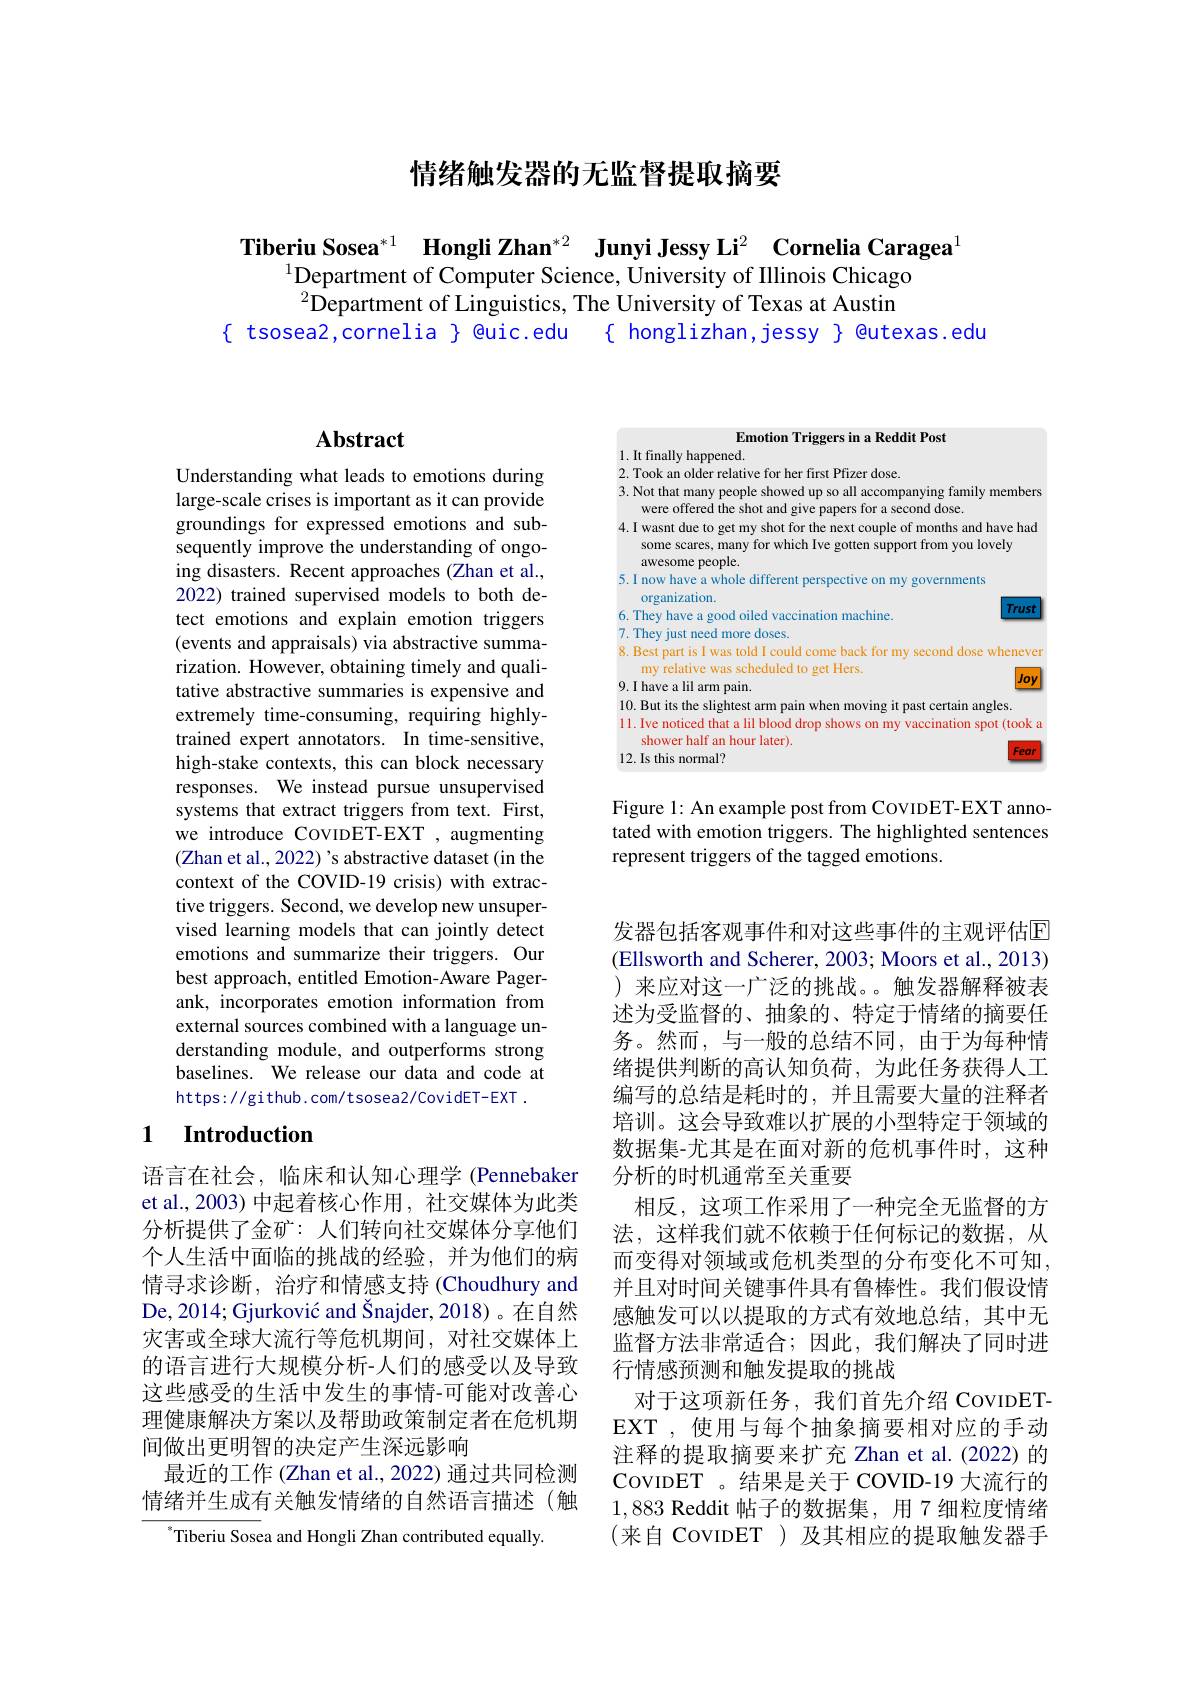
# 情绪触发器的无监督提取摘要

Tiberiu Sosea$^{*1}$ Hongli Zhan$^{*2}$ Junyi Jessy Li$^2$ Cornelia Caragea
$^{1}$Department of Computer Science, University of Illinois Chicago $^{2}$Department of Linguistics, The University of Texas at Austin
$\{$ tsosea2,cornelia $\}$ @uic.edu $\{$ honglizhan,jessy $\}$ @utexas.edu

# $\mathbf{Abstract}$

Understanding what leads to emotions during large-scale crises is important as it can provide groundings for expressed emotions and subsequently improve the understanding of ongoing disasters. Recent approaches (Zhan et al., 2022) trained supervised models to both detect emotions and explain emotion triggers (events and appraisals) via abstractive summarization. However, obtaining timely and qualitative abstractive summaries is expensive and extremely time-consuming, requiring highlytrained expert annotators. In time-sensitive, high-stake contexts, this can block necessary responses. We instead pursue unsupervised systems that extract triggers from text. First, we introduce COVIDET-EXT ,augmenting (Zhan et al., 2022) 's abstractive dataset (in the context of the COVID-19 crisis) with extractive triggers. Second, we develop new unsupervised learning models that can jointly detect emotions and summarize their triggers. Our best approach, entitled Emotion-Aware Pagerank, incorporates emotion information from external sources combined with a language understanding module, and outperforms strong baselines. We release our data and code at https: //github. com/tsosea2/CovidET-EXT.

## 1 $\textbf{Introduction}$

语言在社会，临床和认知心理学 (Pennebaker et al., 2003) 中起着核心作用 , 社交媒体为此类分析提供了金矿：人们转向社交媒体分享他们个人生活中面临的挑战的经验，并为他们的病情寻求诊断，治疗和情感支持 (Choudhury and De, 2014; Gjurković and Šnajder, 2018)。在自然灾害或全球大流行等危机期间，对社交媒体上的语言进行大规模分析-人们的感受以及导致这些感受的生活中发生的事情-可能对改善心理健康解决方案以及帮助政策制定者在危机期间做出更明智的决定产生深远影响
最近的工作 (Zhan et al., 2022) 通过共同检测情绪并生成有关触发情绪的自然语言描述(触

$^{*}$Tiberiu Sosea and Hongli Zhan contributed equally.

Emotion Triggers in a Reddit Post

1. It finally happened.
2. Took an older relative for her first Pfizer dose
3. Not that many people showed up so all accompanying family members
were offered the shot and give papers for a second dose.
4.I wasnt due to get my shot for the next couple of months and have had
some scares, many for which Ive gotten support from you lovely
awesome people.
5.I now have a whole different perspective on my governments
organization.
Trust
6. They have a good oiled vaccination machine.
7. They just need more doses
8. Best part is I was told I could come back for my second dose wheneven
my relative was scheduled to get Hers
Joy
9.I have a lil arm pain.
10. But its the slightest arm pain when moving it past certain angles.
11. Ive noticed that a lil blood drop shows on my vaccination spot (took a
shower half an hour later).
Fea
12. Is this normal?

Figure 1: An example post from CovIDET-EXT annotated with emotion triggers. The highlighted sentences represent triggers of the tagged emotions.

发器包括客观事件和对这些事件的主观评估$\mathbb{E}$ (Ellsworth and Scherer, 2003; Moors et al., 2013) )来应对这一广泛的挑战。。触发器解释被表述为受监督的、抽象的、特定于情绪的摘要任务。然而，与一般的总结不同，由于为每种情绪提供判断的高认知负荷，为此任务获得人工编写的总结是耗时的，并且需要大量的注释者培训。这会导致难以扩展的小型特定于领域的数据集-尤其是在面对新的危机事件时，这种分析的时机通常至关重要
相反，这项工作采用了一种完全无监督的方法，这样我们就不依赖于任何标记的数据，从而变得对领域或危机类型的分布变化不可知， 并且对时间关键事件具有鲁棒性。我们假设情感触发可以以提取的方式有效地总结，其中无监督方法非常适合；因此，我们解决了同时进行情感预测和触发提取的挑战
对于这项新任务，我们首先介绍 CovIDETEXT ,使用与每个抽象摘要相对应的手动注释的提取摘要来扩充 Zhan et al.(2022) 的CovIDET 。结果是关于 COVID-19 大流行的$1, 883\textbf{ Reddit 帖 子 的 数 据 集 , 用 7 细 粒 度 情 绪 }$ (来自 CovıDET )及其相应的提取触发器手